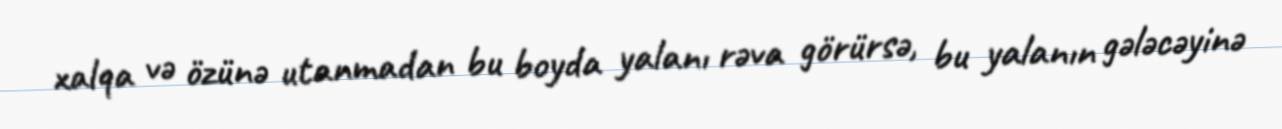
xalqa və özünə utanmadan bu boyda yalanı rəva görürsə, bu yalanın gələcəyinə